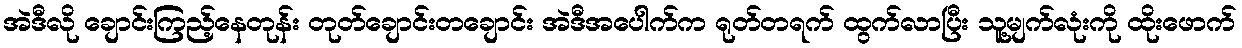
အဲဒီလို ချောင်းကြည့်နေတုန်း တုတ်ချောင်းတချောင်း အဲဒီအပေါက်က ရုတ်တရက် ထွက်လာပြီး သူ့မျက်လုံးကို ထိုးဖောက်